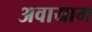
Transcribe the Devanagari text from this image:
अवायाम